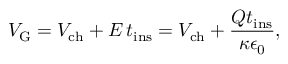
V _ { \mathrm { G } } = V _ { \mathrm { c h } } + E \, t _ { \mathrm { i n s } } = V _ { \mathrm { c h } } + { \frac { Q t _ { \mathrm { i n s } } } { \kappa \epsilon _ { 0 } } } ,